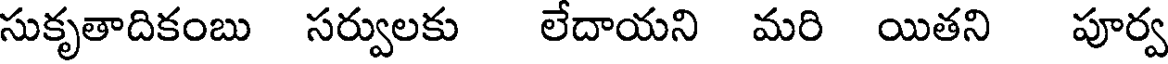
సుకృతాదికంబు సర్వులకు లేదాయని మరి యితని పూర్వ